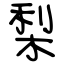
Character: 梨